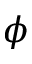
\phi